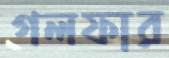
গলফার